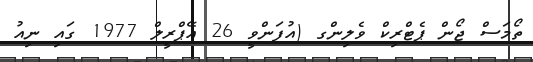
ތޯމަސް ޖޯން ޕެޓްރިކް ވެލިންގ (އުފަންވީ 26 އޭޕްރީލް 1977 ގައި ނިއު